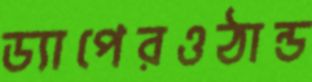
ড্যাপেরওঠান্ড